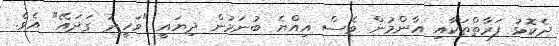
ދެކޮޅު ފަރާތްތަކާއި އާންމުން ވެސް އިއްޔެ ބުނަމުން ދިޔައީ "ވަހީދު ގަދައޭ" އެވެ.